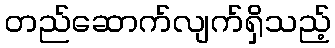
တည်ဆောက်လျက်ရှိသည့်